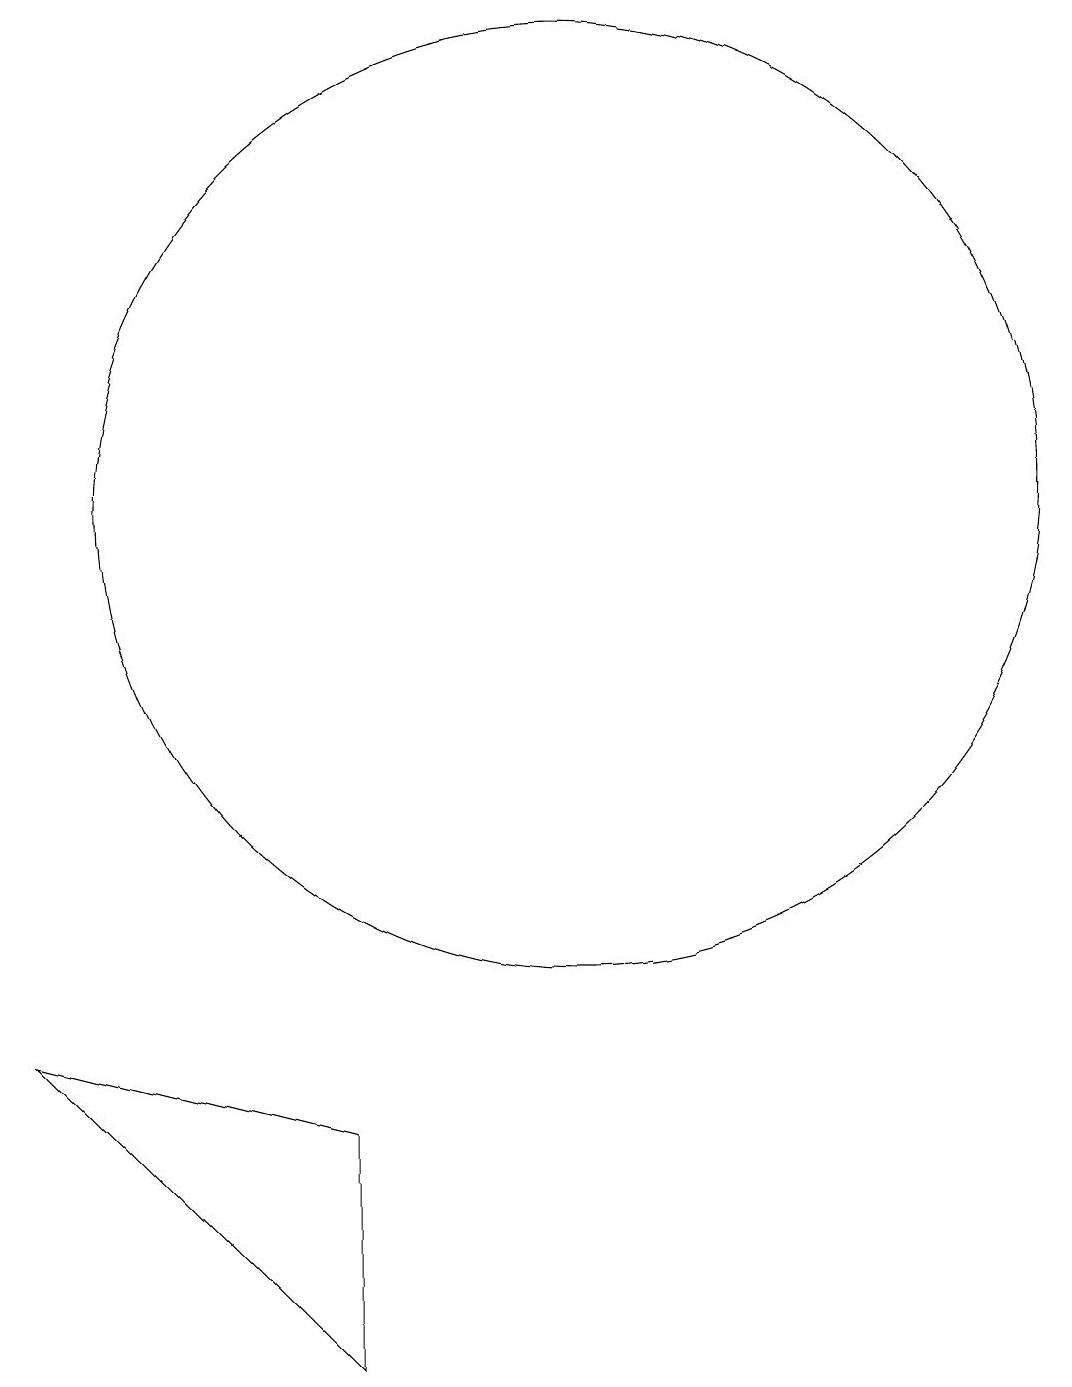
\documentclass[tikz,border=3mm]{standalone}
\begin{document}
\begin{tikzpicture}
\draw (10,11) circle (6);
\draw (10,11) circle (0);
\draw (3,4) -- (7,0) -- (7,3) -- cycle;
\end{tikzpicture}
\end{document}